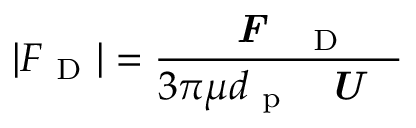
\left| F _ { \mathrm { ~ D ~ } } \right| = \frac { \textbf { \textit { F } } _ { \mathrm { ~ D ~ } } } { 3 \pi \mu d _ { \mathrm { ~ p ~ } } \textbf { \textit { U } } }